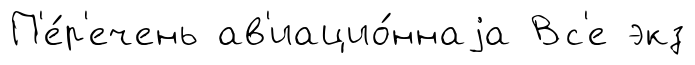
П'е́р'ечень ав'иацио́ннаjа Вс'е экз